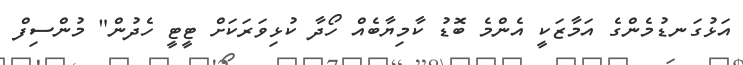
އަޅުގަނޑުމެންގެ އަމާޒަކީ އެންމެ ބޮޑު ކާމިޔާބެެއް ހޯދާ ކުޅިވަރަކަށް ޓީޓީ ހެދުން" މުންސިފް